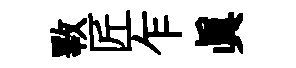
斁匠乍真